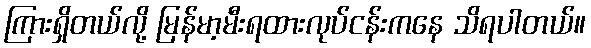
ကြားရှိတယ်လို့ မြန်မာ့မီးရထားလုပ်ငန်းကနေ သိရပါတယ်။